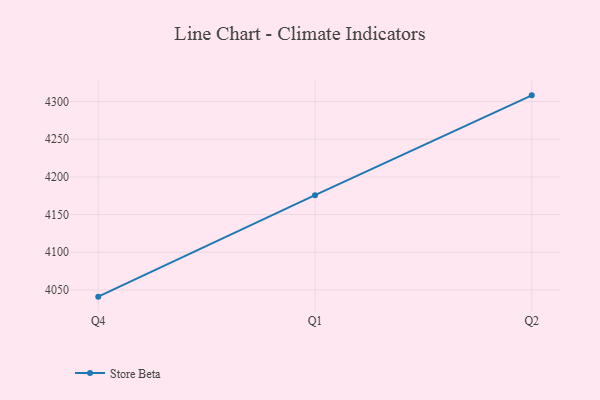
{"axis": {"x": "Quarter", "y": "Waste Production (Tons)"}, "legend": ["Store Beta"], "data": [{"x": "Q4", "y": 4041.0, "type": "Store Beta"}, {"x": "Q1", "y": 4175.8, "type": "Store Beta"}, {"x": "Q2", "y": 4308.3, "type": "Store Beta"}]}